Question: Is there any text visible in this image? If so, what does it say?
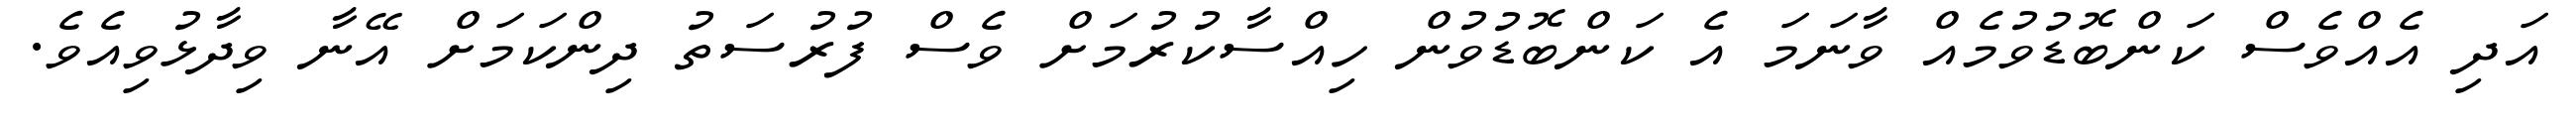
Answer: އަދި އެއްވެސް ކަންބޮޑުވުމެއް ވާނަމަ އެ ކަންބޮޑުވުން ހިއްސާކުރުމަށް ވެސް ފުރުސަތު ދިންކަމަށް އޭނާ ވިދާޅުވިއެވެ.